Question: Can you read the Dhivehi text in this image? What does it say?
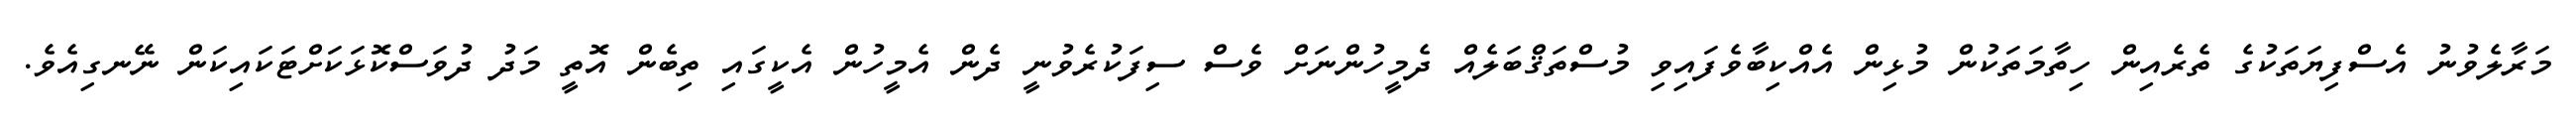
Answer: މަރާލެވުނު އެސްފިޔަތަކުގެ ތެރެއިން ހިތާމަތަކުން މުޅިން އެއްކިބާވެފައިވި މުސްތަޤްބަލެއް ދެމީހުންނަށް ވެސް ސިފަކުރެވުނީ ދެން އެމީހުން އެކީގައި ތިބެން އޮތީ މަދު ދުވަސްކޮޅަކަށްޓަކައިކަން ނޭނގިއެވެ.